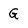
Character: G